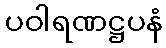
ပဝါရဏဋ္ဌပနံ